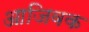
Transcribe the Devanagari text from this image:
आजिवक